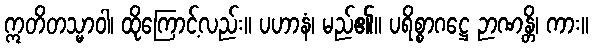
ဣတိတသ္မာဝါ၊ ထိုကြောင့်လည်း။ ပဟာနံ၊ မည်၏။ ပရိစ္စာဂဋ္ဌေ ဉာဏန္တိ၊ ကား။